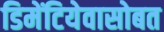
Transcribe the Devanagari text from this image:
डिमेंटियेवासोबत